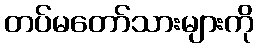
တပ်မတော်သားများကို